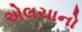
એલચાનો